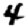
Digit: 4